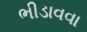
ભીડાવવા